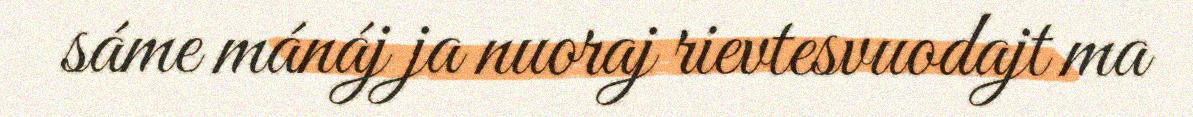
sáme mánáj ja nuoraj rievtesvuodajt ma